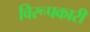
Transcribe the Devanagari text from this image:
विरूपकारी